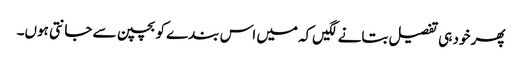
پھر خود ہی تفصیل بتانے لگیں‌کہ میں اس بندے کو بچپن سے جانتی ہوں۔